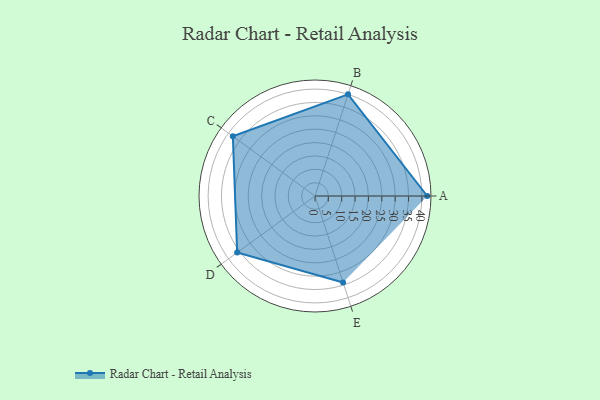
{"axis": {"x": "Skill", "y": "Score"}, "legend": ["Profile"], "data": [{"x": "A", "y": 42.0, "type": "Profile"}, {"x": "B", "y": 40.0, "type": "Profile"}, {"x": "C", "y": 38.0, "type": "Profile"}, {"x": "D", "y": 36.0, "type": "Profile"}, {"x": "E", "y": 34.0, "type": "Profile"}]}